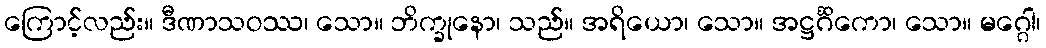
ကြောင့်လည်း။ ဒီဏာသဝဿ၊ သော။ ဘိက္ခုနော၊ သည်။ အရိယော၊ သော။ အဋ္ဌင်္ဂိကော၊ သော။ မဂ္ဂေါ၊